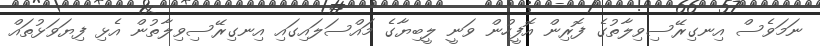
ނަމަވެސް އިނގިރޭސިވިލާތުގެ ފޮރިން އޮފީހުން ވަނީ ލީބިޔާގެ މައްސަލައިގައި އިނގިރޭސިވިލާތުން އެޅި ފިޔަވަޅުތައް